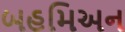
બહમિઅન